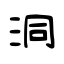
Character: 洞